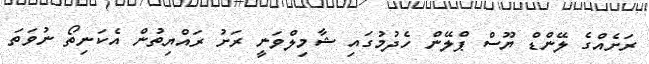
ރަށެއްގެ ލޭންޑް ޔޫސް ޕްލޭން ހެދުމުގައި ޝާމިލްވަނީ ރަށު ރައްޔިތުން އެކަނިތޯ ނުވަތަ